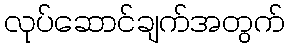
လုပ်ဆောင်ချက်အတွက်